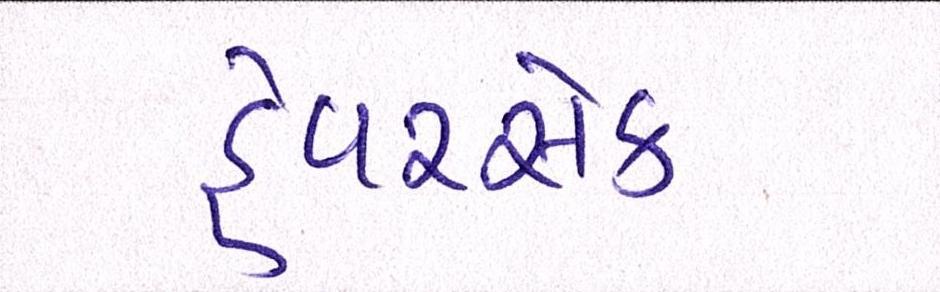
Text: હેવરસેક